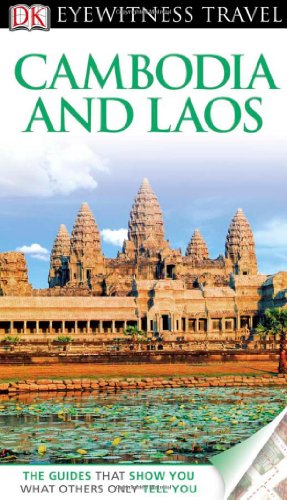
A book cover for Cambodia & Laos. (DK Eyewitness Travel Guide); Travel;